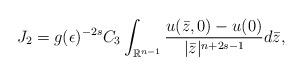
LaTeX: \begin{align*}J_2=g(\epsilon)^{-2s}C_3\int_{\mathbb{R}^{n-1}}{\frac{u(\bar{z},0)-u(0)}{|\bar{z}|^{n+2s-1}}d\bar{z}},\end{align*}